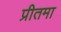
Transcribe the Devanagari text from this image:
प्रीतमा